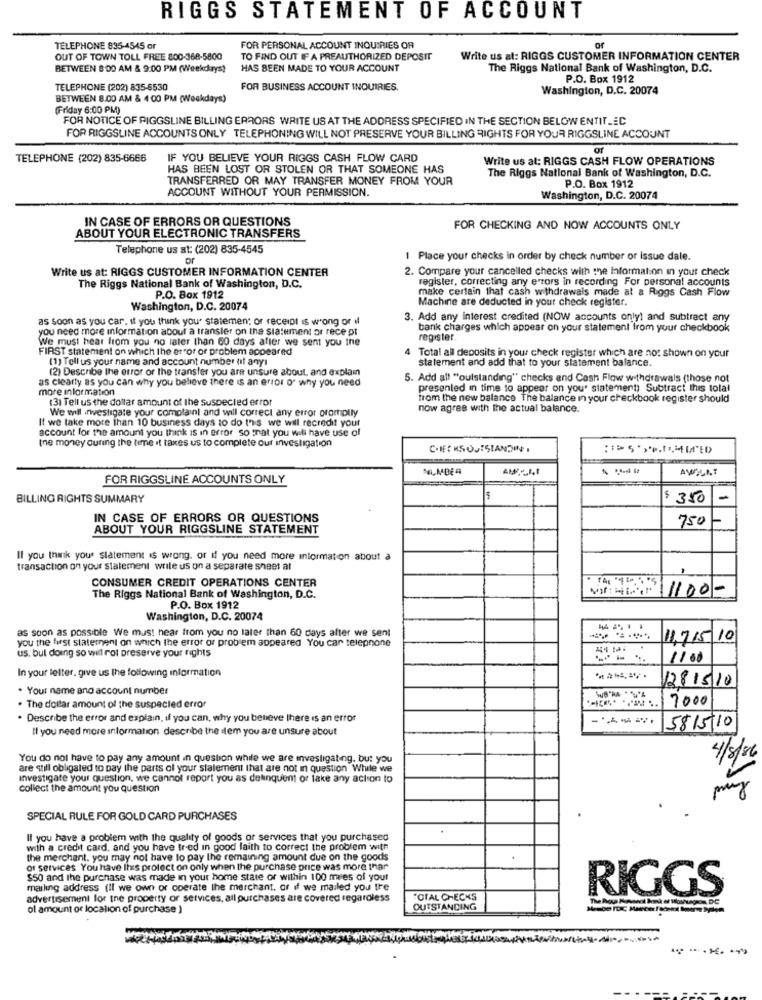
RIGGS STATEMENT OF ACCOUNT
TELEPHONE 835-4545 or
FOR PERSONAL ACCOUNT INQUIRIES OR
of
OUT OF TOWN TOLL FREE 800-368-5800
TO FIND OUT IF A PREAUTHORIZED DEPOSIT
Write us at: RIGGS CUSTOMER INFORMATION CENTER
BETWEEN 8:00 AM & 9:00 PM (Weekdkrys!
HAS BEEN MADE TO YOUR ACCOUNT
The Riggs National Bank of Washington, D.C.
P.O. Box 1912
TELEPHONE (202) 835-8530
FOR BUSINESS ACCOUNT INQUIRIES.
Washington, D.C. 20074
BETWEEN 8.00 AM & 4:00 PM (Weekdays)
(Friday 6:00 PM)
FOR NOTICE OF PIGGSLINE BILLING ERRORS WRITE US AT THE ADDRESS SPECIFIED IN THE SECTION BELOW ENTITLEC
FOR RIGGSLINE ACCOUNTS ONLY TELEPHONING WILL NOT PRESERVE YOUR BILLING RIGHTS FOR YOUR RIGGSLINE ACCOUNT
of
TELEPHONE (202) 835-6666
IF YOU BELIEVE YOUR RIGGS CASH FLOW CARD
Write us at: RIGGS CASH FLOW OPERATIONS
HAS BEEN LOST OR STOLEN OR THAT SOMEONE HAS
The Riggs National Bank of Washington, D.C.
TRANSFERRED OR MAY TRANSFER MONEY FROM YOUR
P.O. Box 1912
ACCOUNT WITHOUT YOUR PERMISSION.
Washington, D.C. 20074
IN CASE OF ERRORS OR QUESTIONS
FOR CHECKING AND NOW ACCOUNTS ONLY
ABOUT YOUR ELECTRONIC TRANSFERS
Telephone us at: (202) 835-4545
of
1 Place your checks in order by check number or Issue dale.
Write us at: RIGGS CUSTOMER INFORMATION CENTER
2. Compare your cancelled checks with the information in your check
register, correcting any errors in recording For personal accounts
The Riggs National Bank of Washington, D.C.
make certain that cash withdrawals made at & Riggs Cash Flow
P.O. Box 1912
Machine are deducted in your check register.
Washington, D.C. 20074
as soon as you car. If you think you" statemen; or receipt Is wrong or if
3. Add any interest credited (NOW accounts only) and subtract any
you need more information about a transler on the sia:ument or rece pt
bank charges which appear on your statement from your checkbook
We must hear from you no later than 60 days after we sent you the
register.
FIRST statement on which the error or problem appeared
(1) Tell us your name and account number nif anyı
4 Total all deposits in your check register which are no: shown on your
statement and add that to your statement balance.
(2) Describe the error or the transfer you are unsure about, and explain
as clearly as you can why you believe there is an error o" why you need
5. Add all "outstanding" checks and Cash Flow withdrawals (those not
more information
presented in time to appear on your statement) Subtract this total
13) Tell us the dollar amount of the suspected error
from the new balance The balance in your checkbook register should
We will investigate your complainl and will correct any error promptly
now agree with the actual balance.
If we take more than 10 business days to do this we will recredit your
account for the amount you think is in error so that you will have use of
the money during the time it taxes us to complete our investigation
FOR RIGGSLINE ACCOUNTS ONLY
BILLING RIGHTS SUMMARY
$ 350
1
IN CASE OF ERRORS OR QUESTIONS
750
ABOUT YOUR RIGGSLINE STATEMENT
If you think you' statement is wrong, or if you need more information about à
transaction on your statement wrile us on a separate sheet at
CONSUMER CREDIT OPERATIONS CENTER
1100 -
The Riggs National Bank of Washington, D.C.
P.O. Box 1912
Washington, D.C. 20074
as soon as possible We must hear from you no later than 60 days after we sent
you the first statement on which the error or problem appeared You can telephone
11,715/ 10
us, but doing so will rot preserve your rights
1100
In your letter, give us the following information
2815/10
. Your name and account number
7000
. The dollar amount of the suspected error
. Describe the error and explain, if you can, why you beneve there Is an error
Il you need more information describe the item you are unsure about
5815/10
You do not have to pay any amount in question while we are investigating. but you
4/3/20
are still obligated to pay the parts of your slalement that are not in question While we
Investigate your question, we cannot report you as delinquent or take any action to
collect the amount you question
50
SPECIAL RULE FOR GOLD CARD PURCHASES
If you have a problem with the quality of goods or services that you purchased
with a credit card, and you have tried in good faith to correct the problem with
the merchant. you may not have to pay the remaining amount due on the goods
or services You have Ihrs protect on only when the purchase price was more thar
$50 and the purchase was made in your home state of within 100 myes of your
mailing address (Il we own or operate the merchant. or if we mailed you tre
RIGGS
advertisement for the property of services, all purchases are covered regardless
TOTAL CHECKS
ol amount of location of purchase )
OUTSTANDING